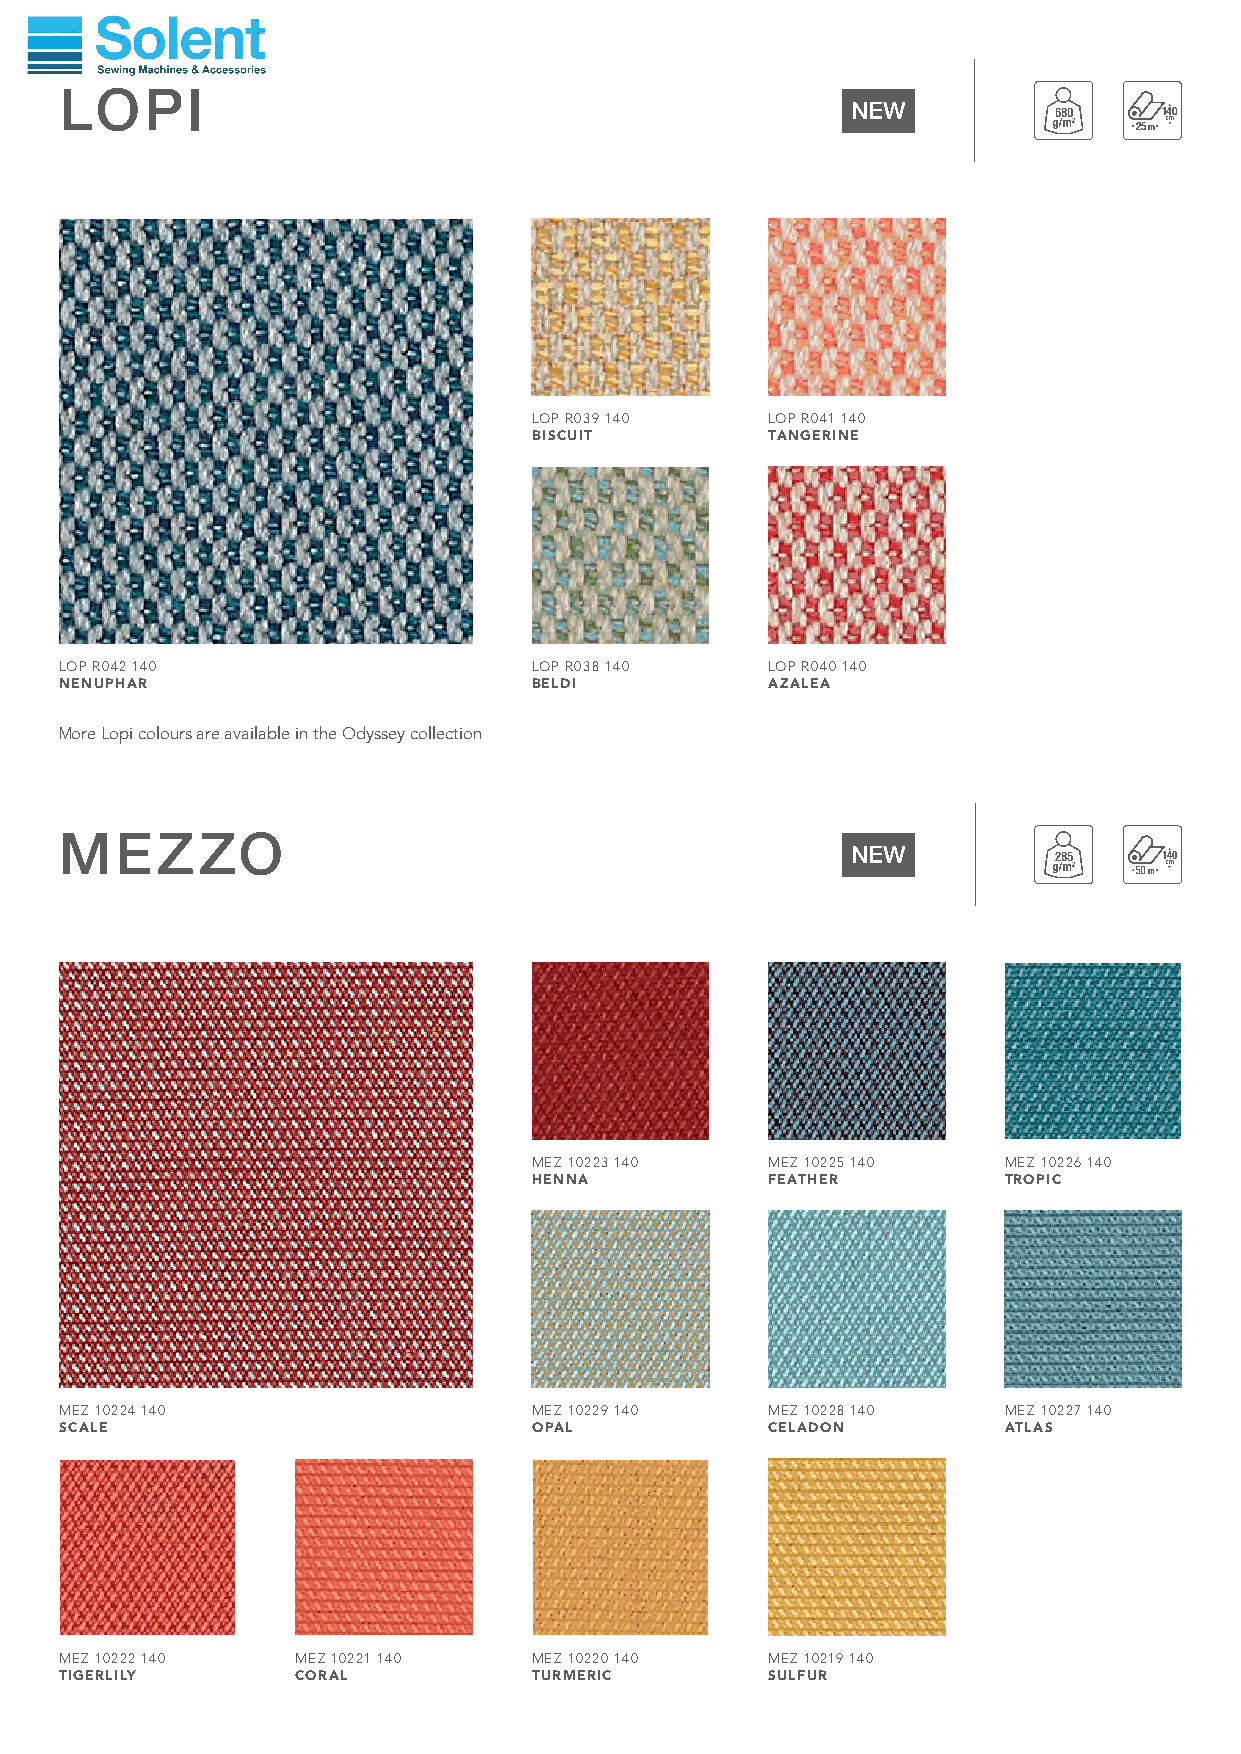
LOPI
 NEW
 680    140
 25m
 LOP R039 140    LOP R041 140
 BISCUIT         TANGERINE
 LOP R042 140                   LOP R038 140    LOP R040 140
 NENUPHAR                       BELDI           AZALEA
 More Lopi colours are available in the Odyssey collection
 MEZZO
 NEW
 285
 MEZ 10223 140   MEZ 10225 140  MEZ 10226 140
 HENNA           FEATHER        TROPIC
 MEZ 10224 140                  MEZ 10229 140   MEZ 10228 140  MEZ 10227 140
 SCALE                          OPAL            CELADON        ATLAS
 MEZ 10222 140   MEZ 10221 140  MEZ 10220 140   MEZ 10219 140
 TIGERLILY       CORAL          TURMERIC        SULFUR